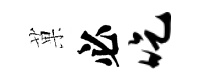
菓必吃